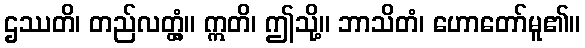
ဌဿတိ၊ တည်လတ္တံ့။ ဣတိ၊ ဤသို့။ ဘာသိတံ၊ ဟောတော်မူ၏။